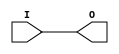
module IPAD_GTP_VPR (
  input I,
  output O
  );
  assign O = I;
endmodule